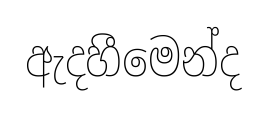
ඇදහීමෙන්ද